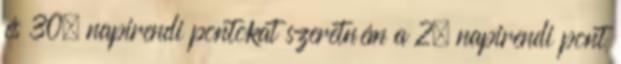
és 30. napirendi pontokat szeretném a 2. napirendi pont